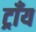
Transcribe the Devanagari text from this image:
ट्राँय